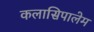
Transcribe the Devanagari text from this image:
कलासिपालेम